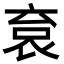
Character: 袬